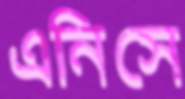
এনিসে